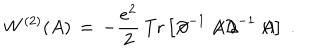
W ^ { ( 2 ) } ( A ) \, = \, - \frac { e ^ { 2 } } { 2 } \, \mathrm { T r } \left[ { \not \! \partial } ^ { - 1 } \not \! \! A { \not \! \partial } ^ { - 1 } \not \! \! A \right] \; .